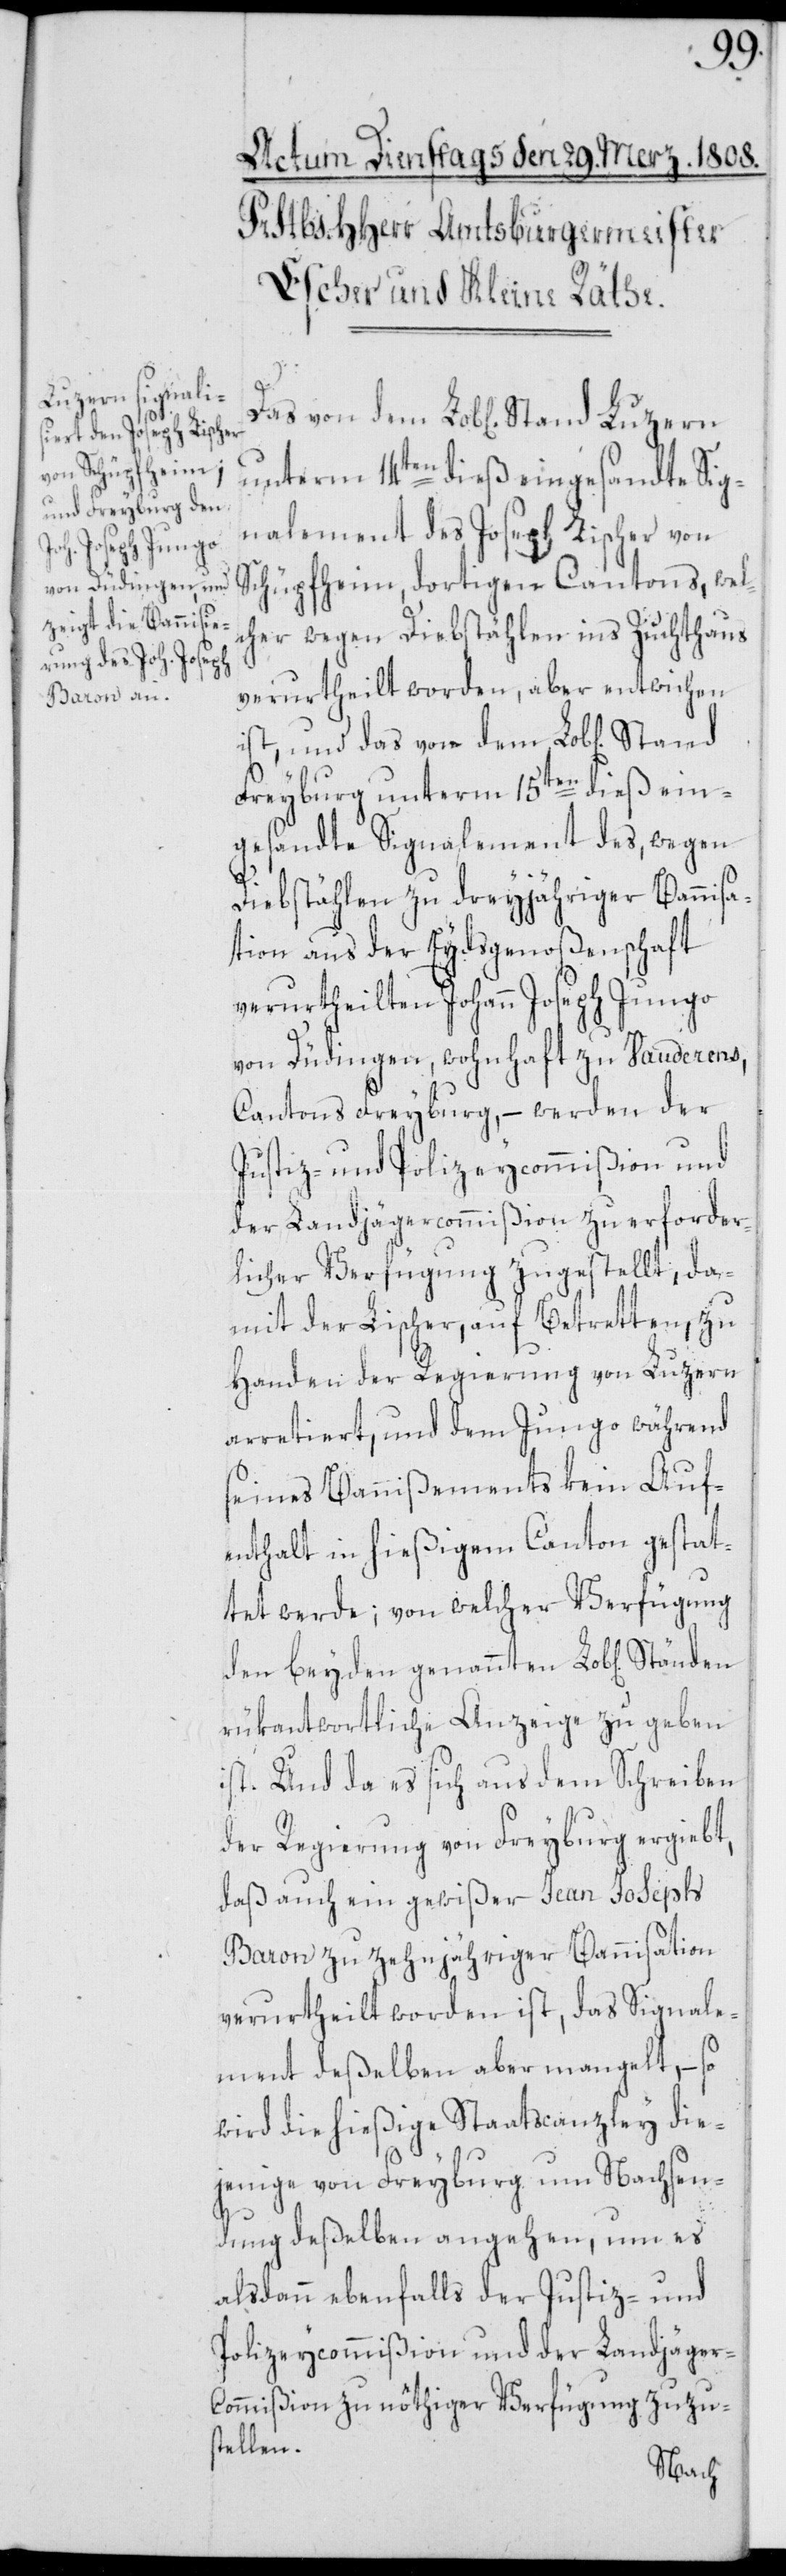
unterm 14ten dieß eingesandte Sig¬
nalement des Joseph Lischer von
Schüpfheim, dortigen Cantons, wel¬
cher wegen Diebstählen ins Zuchthaus
verurtheilt worden, aber entwichen
ist, und das von dem Lob[lichen]
Freyburg unterm 15ten dieß ein¬
gesandte Signalement des, wegen
Diebstählen zu dreyjähriger Bannis¬
ation aus der Eydsgenoßenschaft
verurtheilten Johann Joseph Jungo
von Düdingen, wohnhaft zu Vauderens,
Cantons Freyburg, – werden der
Justiz- und Polizeycommißion und
der Landjägercommißion zu erforder¬
licher Verfügung zugestellt, da¬
mit der Lischer, auf Betretten, zu
Handen der Regierung von Luzern
arretiert, und dem Jungo während
seines Bannißements kein Auf¬
enthalt in hießigem Canton gestat¬
tet werde; von welcher Verfügung
den beyden genannten Lob[lichen]
rükantwortliche Anzeige zu geben
ist. Und da es sich aus dem Schreiben
der Regierung von Freyburg ergiebt,
daß auch ein gewißer Jean [sic!]
Baron zu zehnjähriger Bannisation
verurtheilt worden ist, das Signale¬
ment deßelben aber mangelt, – so
wird die hießige Staatscanzley die¬
jenige von Freyburg um Nachsen¬
dung deßelben angehen, um es
alsdann ebenfalls der Justiz- und
Polizeycommißion und der Landjäger¬
commißion zu nöthiger Verfügung zuzu¬
stellen.